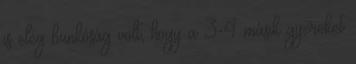
is elég bunkóság volt, hogy a 3-4 másik gyereket